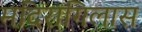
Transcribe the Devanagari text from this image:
मदिरागिलास